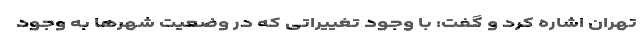
تهران اشاره کرد و گفت: با وجود تغییراتی که در وضعیت شهرها به وجود